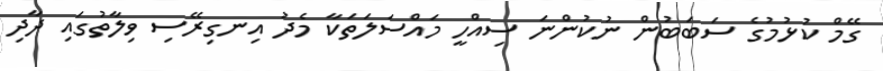
ގޭމް ކުޅުމުގެ ސަބަބުން ނުކުންނަ ސިއްހީ މައްސަލަތަކާ މެދު އިނގިރޭސި ވިލާތުގައި ދާދި